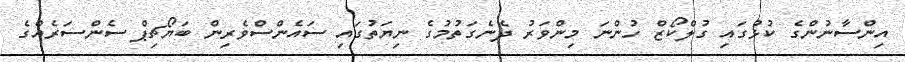
އިންސާނުންގެ ކުޅުގައި ގުލްކޯޒް ހުންނަ މިންވަރު ދެނެގަތުމުގެ ނިޔަތުގައި ސައެންސްވެެރިން ބަޔޯޗިޕް ސެންސަރެއްގެ